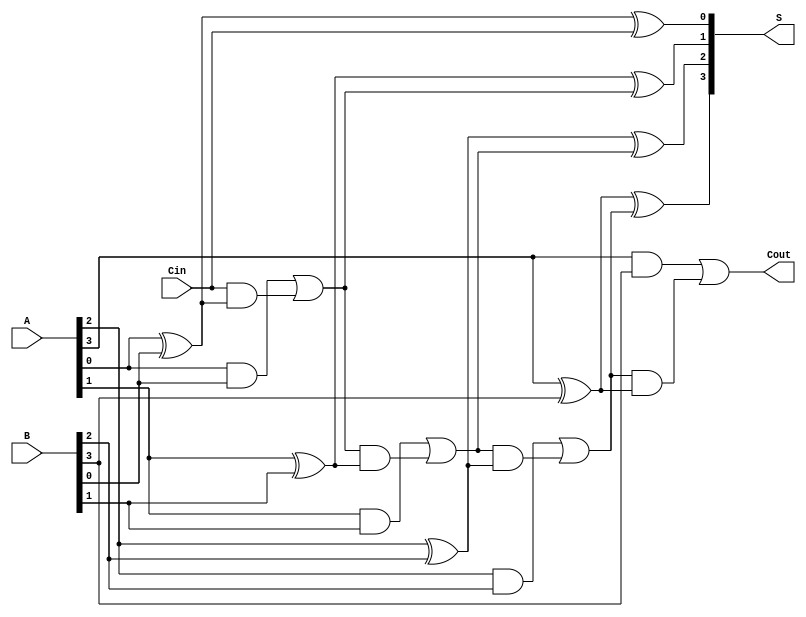
module parallel_full_adder #(
    parameter n = 4  // Parameter to define the width of the input numbers
)(
    input  [n-1:0] A,    // Input binary number A
    input  [n-1:0] B,    // Input binary number B
    input  Cin,          // Carry-in for the least significant bit addition
    output [n-1:0] S,    // Sum output
    output Cout          // Carry-out from the most significant bit addition
);

    // Internal carry signal
    wire [n:0] carry;  // carry[n] is Cout, carry[0] is the initial Cin

    // Assign the initial carry input
    assign carry[0] = Cin;

    // Generate the sum and carry for each bit
    genvar i;
    generate
        for (i = 0; i < n; i = i + 1) begin: full_adder
            // Sum output
            assign S[i] = A[i] ^ B[i] ^ carry[i];
            // Carry output
            assign carry[i + 1] = (A[i] & B[i]) | (carry[i] & (A[i] ^ B[i]));
        end
    endgenerate

    // Final carry-out is the carry output from the last full adder
    assign Cout = carry[n];

endmodule